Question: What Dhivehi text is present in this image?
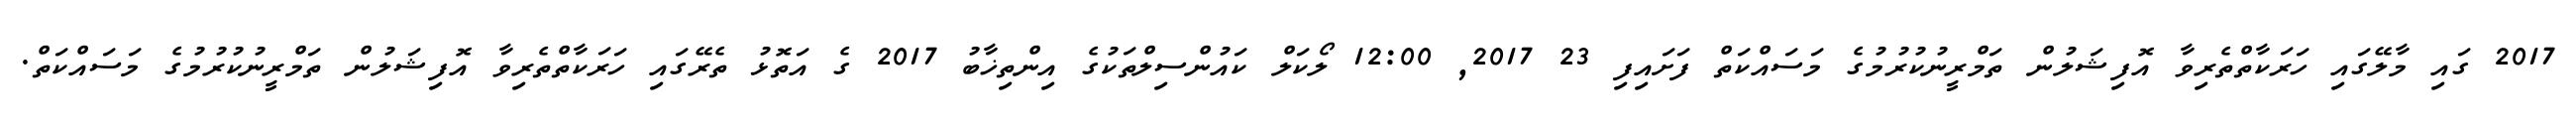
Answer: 2017 ގައި މާލޭގައި ހަރަކާތްތެރިވާ އޮފިޝަލުން ތަމްރީނުކުރުމުގެ މަސައްކަތް ފަށައިފި 23 2017, 12:00 ލޯކަލް ކައުންސިލްތަކުގެ އިންތިޚާބު 2017 ގެ އަތޮޅު ތެރޭގައި ހަރަކާތްތެރިވާ އޮފިޝަލުން ތަމްރީނުކުރުމުގެ މަސައްކަތް.